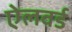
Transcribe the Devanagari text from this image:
ऐलवर्ड